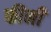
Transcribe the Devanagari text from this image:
फीनी